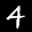
Label: 4